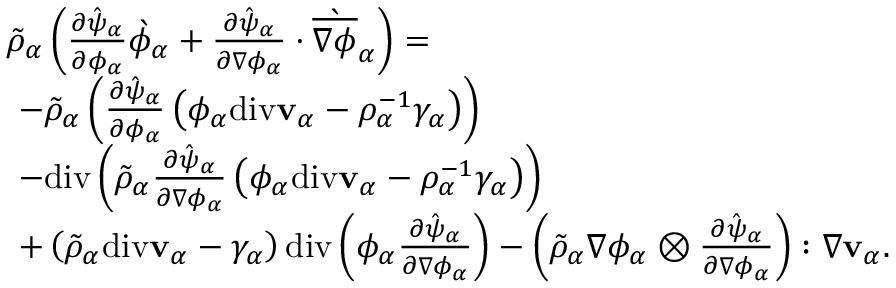
\begin{array} { r l } & { \tilde { \rho } _ { \alpha } \left( \frac { \partial \hat { \psi } _ { \alpha } } { \partial \phi _ { \alpha } } \grave { \phi } _ { \alpha } + \frac { \partial \hat { \psi } _ { \alpha } } { \partial \nabla \phi _ { \alpha } } \cdot \grave { \overline { { \nabla \phi } } } _ { \alpha } \right) = } \\ & { ~ - \tilde { \rho } _ { \alpha } \left( \frac { \partial \hat { \psi } _ { \alpha } } { \partial \phi _ { \alpha } } \left( \phi _ { \alpha } \mathrm { d i v } \mathbf { v } _ { \alpha } - \rho _ { \alpha } ^ { - 1 } \gamma _ { \alpha } \right) \right) } \\ & { ~ - \mathrm { d i v } \left( \tilde { \rho } _ { \alpha } \frac { \partial \hat { \psi } _ { \alpha } } { \partial \nabla \phi _ { \alpha } } \left( \phi _ { \alpha } \mathrm { d i v } \mathbf { v } _ { \alpha } - \rho _ { \alpha } ^ { - 1 } \gamma _ { \alpha } \right) \right) } \\ & { ~ + \left( \tilde { \rho } _ { \alpha } \mathrm { d i v } \mathbf { v } _ { \alpha } - \gamma _ { \alpha } \right) \mathrm { d i v } \left( \phi _ { \alpha } \frac { \partial \hat { \psi } _ { \alpha } } { \partial \nabla \phi _ { \alpha } } \right) - \left( \tilde { \rho } _ { \alpha } \nabla \phi _ { \alpha } \otimes \frac { \partial \hat { \psi } _ { \alpha } } { \partial \nabla \phi _ { \alpha } } \right) : \nabla \mathbf { v } _ { \alpha } . } \end{array}